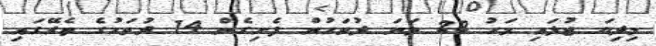
މިދިޔަ ޖުލައި މަހު 22 ވަނަ ދުވަހުން ފެށިގެން 14 ދުވަހުގެ ތެރޭގައި